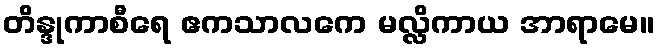
တိန္ဒုကာစီရေ ဧကသာလကေ မလ္လိကာယ အာရာမေ။